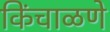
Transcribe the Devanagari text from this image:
किंचाळणे